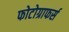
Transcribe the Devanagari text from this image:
फोटोग्राफर्स